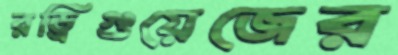
রড্রিগুয়েজের